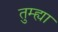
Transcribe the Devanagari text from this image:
तुम्ह्या